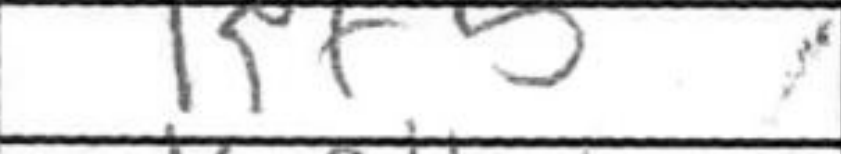
Transcription: Kf5